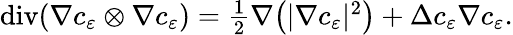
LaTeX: \begin{array}{r}{\operatorname{div}(\nabla c_{\varepsilon}\otimes\nabla c_{\varepsilon})=\frac{1}{2}\nabla\big(|\nabla c_{\varepsilon}|^{2}\big)+\Delta c_{\varepsilon}\nabla c_{\varepsilon}.}\end{array}